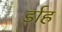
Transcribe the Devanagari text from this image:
र्डाह